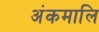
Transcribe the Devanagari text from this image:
अंकमालि